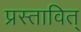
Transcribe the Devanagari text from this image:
प्रस्तावित्